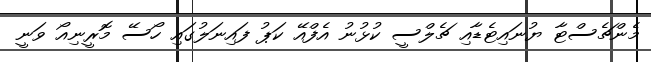
މެންޗެސްޓާ ޔުނައިޓެޑާއި ޗެލްސީ ކުޅުނު އެފްއޭ ކަޕު ފައިނަލުގައި ހޯސޭ މޮރީނިއޯ ވަނީ